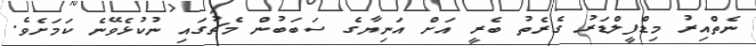
ނެތްއިރު މިޑްފީލްޑަރު ގެރެތު ބެރީ އަށް އަނިޔާގެ ސަބަބުން މެޗުގައި ނުކުޅެވޭނެ ކަމަށެވެ.